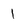
Character: 1